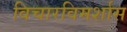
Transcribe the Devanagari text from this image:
विचारविमर्शास